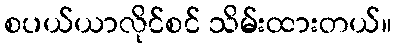
စပယ်ယာလိုင်စင် သိမ်းထားတယ်။